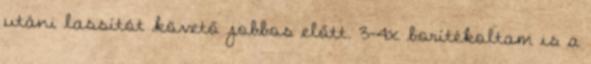
utáni lassítót követő jobbos előtt. 3-4x borítékoltam is a